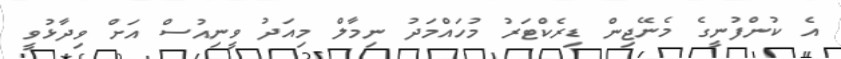
އެ ކުންފުނީގެ މެނޭޖިން ޑިރެކްޓަރު މުހައްމަދު ނިމާލް މިއަދު ވީނިއުސް އަށް ވިދާޅުވީ